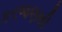
કરજણથી